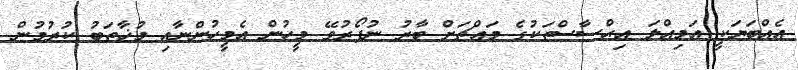
އެއްބަޔަކީ އަމިއްލަ އިޙްސާސްތަކުގެ މައްޗަށް ބާރު ނުފޯރުވޭ މީހުން އެމީހުންނާއި މުޚާތަބު ކުރުމުން